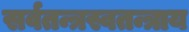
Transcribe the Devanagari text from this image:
सर्वतन्त्रस्वतन्त्राय